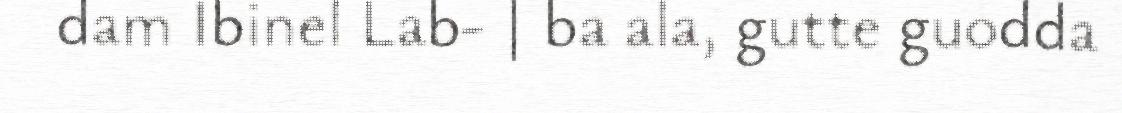
dam Ibinel Lab- | ba ala, gutte guodda